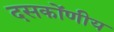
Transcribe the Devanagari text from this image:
दसकोंणीय